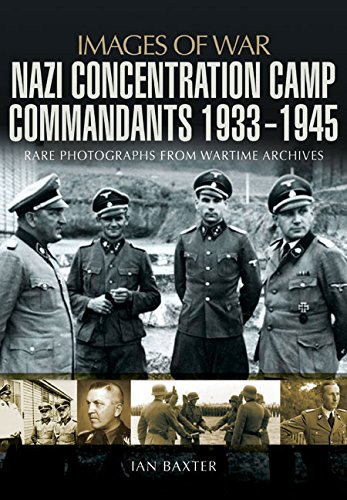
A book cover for Nazi Concentration Camp Commandants 1933-1945 (Images of War); Ian Baxter; History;